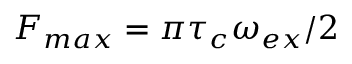
F _ { m a x } = \pi \tau _ { c } \omega _ { e x } / 2